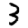
Digit: 3